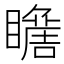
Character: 𱳑